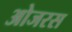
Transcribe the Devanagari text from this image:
ओजरस